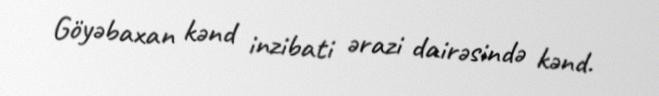
Göyəbaxan kənd inzibati ərazi dairəsində kənd.